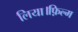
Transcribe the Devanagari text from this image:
लिया।फ़िल्म